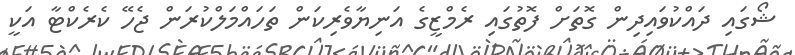
ޝޯގައި ދައްކުވައިދިން ގޮތަށް ފޮތުގައި ރެމްޒީގެ އަނިޔާވެރިކަން ތަހައްމަލްކުރަން ޖެހޭ ކެރެކްޓާ އަކީ